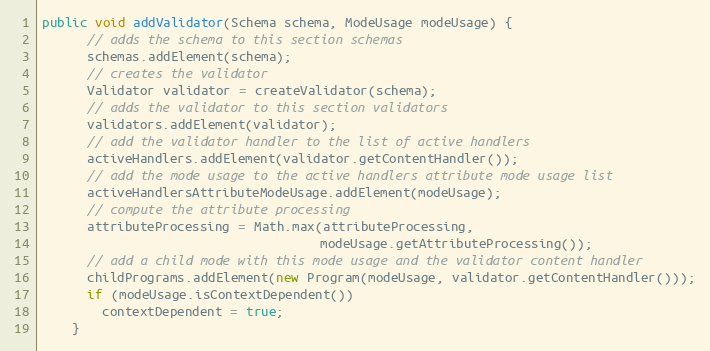
Language: Java
public void addValidator(Schema schema, ModeUsage modeUsage) {
      // adds the schema to this section schemas
      schemas.addElement(schema);
      // creates the validator
      Validator validator = createValidator(schema);
      // adds the validator to this section validators
      validators.addElement(validator);
      // add the validator handler to the list of active handlers
      activeHandlers.addElement(validator.getContentHandler());
      // add the mode usage to the active handlers attribute mode usage list
      activeHandlersAttributeModeUsage.addElement(modeUsage);
      // compute the attribute processing
      attributeProcessing = Math.max(attributeProcessing,
                                     modeUsage.getAttributeProcessing());
      // add a child mode with this mode usage and the validator content handler
      childPrograms.addElement(new Program(modeUsage, validator.getContentHandler()));
      if (modeUsage.isContextDependent())
        contextDependent = true;
    }